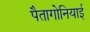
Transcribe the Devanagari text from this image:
पैतागोनियाई